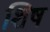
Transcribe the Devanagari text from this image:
शिष